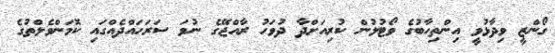
ގޯންޒީ ވިދާޅުވީ އިންތިހާބުގެ ވޯޓުލުން ކުރިއަށްދާ ދުވަހު ރާއްޖޭގެ ނުވަ ސަރަހައްދެއްގައި ކޮމަންވެލްތުގެ